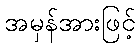
အမှန်အားဖြင့်